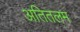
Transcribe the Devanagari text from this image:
अतितलम